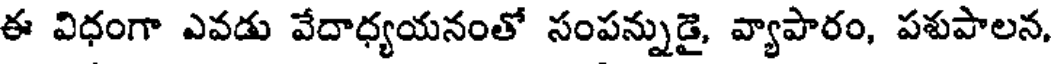
ఈ విధంగా ఎవడు వేదాధ్యయనంతో సంపన్నుడై, వ్యాపారం, పశుపాలన,